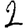
Digit: 2